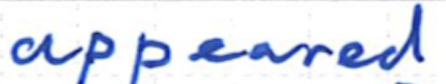
Text: appeared
Cross-out: clean
Writing tool: ballpoint